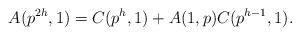
LaTeX: \begin{align*} A(p^{2h},1)=C(p^{h},1)+A(1,p)C(p^{h-1},1).\end{align*}